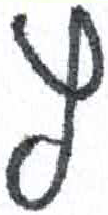
אות: ץ